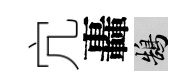
宂轟鵠